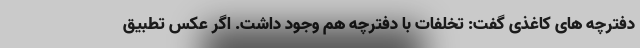
دفترچه های کاغذی گفت: تخلفات با دفترچه هم وجود داشت. اگر عکس تطبیق